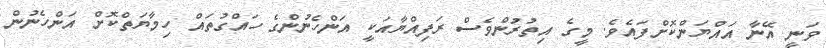
ވަނީ އޭނާ އައްޔަންކޮށްފައެވެ. މީގެ އިތުރުންވެސް ރަފިއްޔާއަކީ އަންހެނުންގެ ހައްގުތައް ހިމާޔަތްކޮށް އަންހެނުން